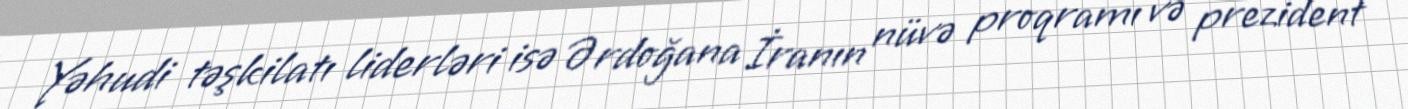
Yəhudi təşkilatı liderləri isə Ərdoğana İranın nüvə proqramı və prezident